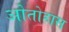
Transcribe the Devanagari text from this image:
ओतोहास